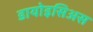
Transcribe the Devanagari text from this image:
डायोइसिअस